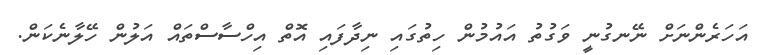
އަހަރެންނަށް ނޭނގުނީ ވަގުތު އައުމުން ހިތުގައި ނިދާފައި އޮތް އިހްސާސްތައް އަލުން ހޭލާނެކަން.